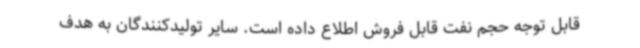
قابل توجه حجم نفت قابل فروش اطلاع داده است. سایر تولیدکنندگان به هدف